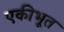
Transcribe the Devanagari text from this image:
एकीभूत